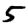
Digit: 5